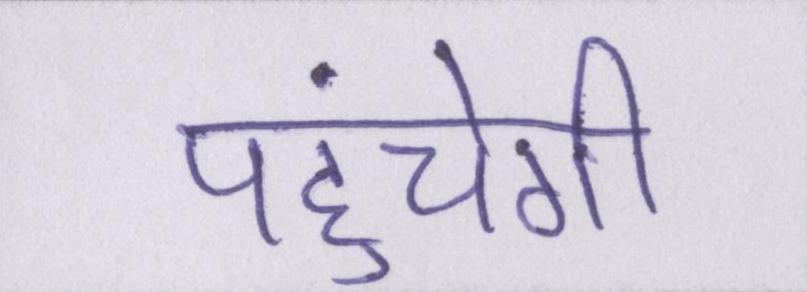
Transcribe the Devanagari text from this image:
पहुंचेगी